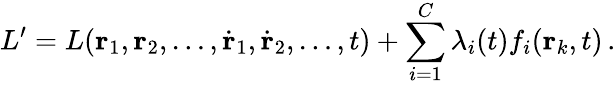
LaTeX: L^{\prime}=L(\mathbf{r}_{1},\mathbf{r}_{2},\ldots,{\dot{\mathbf{r}}}_{1},{\dot{\mathbf{r}}}_{2},\ldots,t)+\sum_{i=1}^{C}\lambda_{i}(t)f_{i}(\mathbf{r}_{k},t)\, .